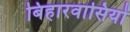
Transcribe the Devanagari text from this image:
बिहारवासियों